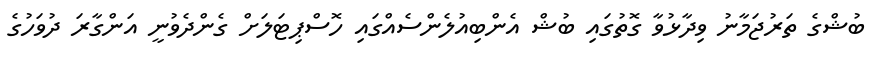
ބުޝްގެ ތަރުޖަމާނު ވިދާޅުވާ ގޮތުގައި ބުޝް އެންބިއުލެންސެއްގައި ހޮސްޕިޓަލަށް ގެންދެވުނީ އަންގާރަ ދުވަހުގެ